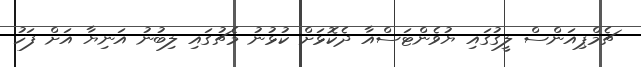
ޗެމްޕިއަންސް ލީގުގައި ޔުވެންޓަސްއާ ދެކޮޅަށް ކުޅުނު މެޗުގައި ލިބުނު އަނިޔާ އަށް ފަހު